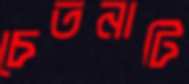
চেতনাটি